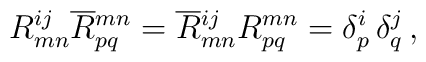
R^{ij}_{mn}\overline{R}{}^{mn}_{pq}=\overline{R}{}^{ij}_{mn}R^{mn}_{pq}=\delta ^i_p\,\delta ^j_q\,,